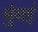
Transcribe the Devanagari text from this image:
मुंंबई